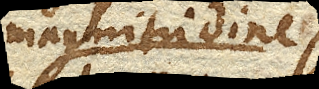
magnitudine